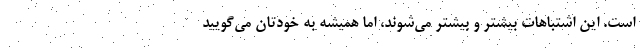
است. این اشتباهات بیشتر و بیشتر می‌شوند، اما همیشه به خودتان می‌گویید